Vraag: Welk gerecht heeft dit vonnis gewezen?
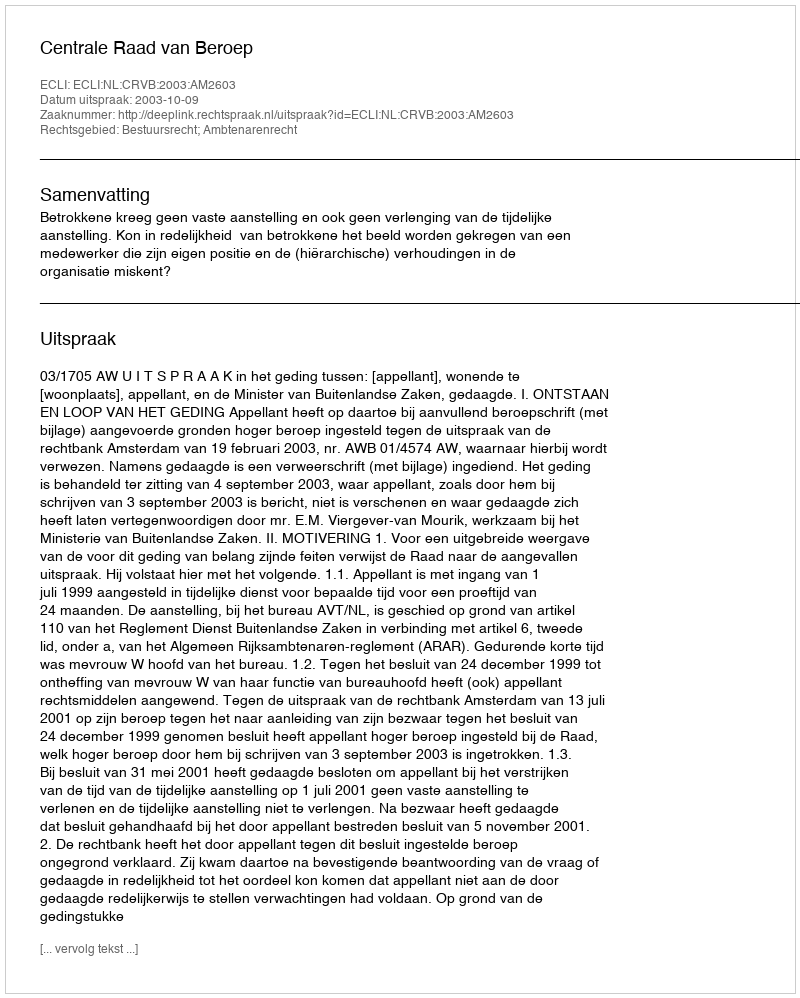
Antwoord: Centrale Raad van Beroep